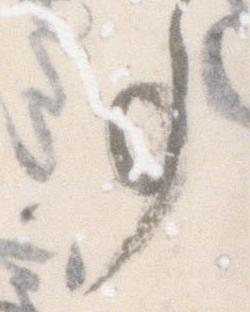
事